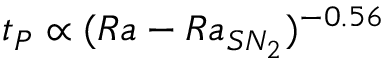
t _ { P } \propto ( R a - R a _ { S N _ { 2 } } ) ^ { - 0 . 5 6 }